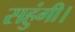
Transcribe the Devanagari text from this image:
सहुंगी।